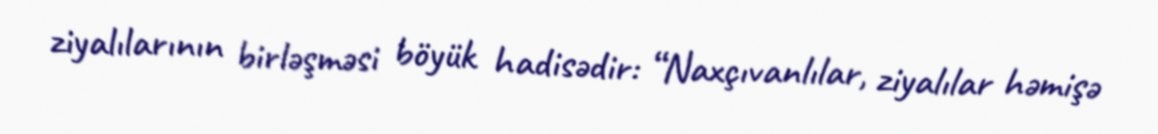
ziyalılarının birləşməsi böyük hadisədir: “Naxçıvanlılar, ziyalılar həmişə